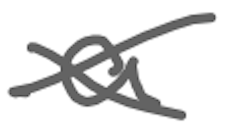
Text: a
Cross-out: cross
Writing tool: digital_gray